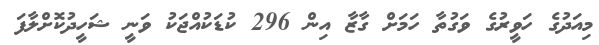
މިއަދުގެ ހަވީރުގެ ވަގުތާ ހަމަަށް ގާޒާ އިން 296 ކުޑަކުއްޖަކު ވަނީ ޝަހީދުކޮށްލާފަ